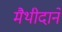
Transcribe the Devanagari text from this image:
मैथीदाने